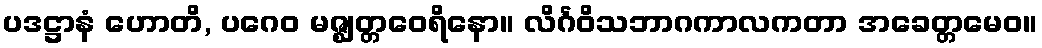
ပဒဋ္ဌာနံ ဟောတိ, ပဂေဝ မဇ္ဈတ္တဝေရိနော။ လိင်္ဂဝိသဘာဂကာလကတာ အခေတ္တမေဝ။